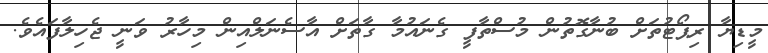
މީޑިޔާ ރިޕޯޓުތަށް ބުނާގޮތުން މުސްތާފީ ގެނައުމާ ގާތަށް އާސެނަލްއިން މިހާރު ވަނީ ޖެހިލާފައެވެ.